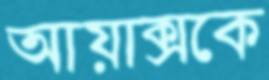
আয়াক্সকে